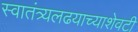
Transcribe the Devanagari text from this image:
स्वातंत्र्यलढयाच्याशेवटी